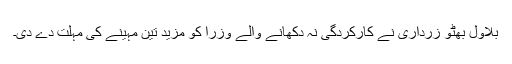
بلاول بھٹو زرداری نے کارکردگی نہ دکھانے والے وزرا کو مزید تین مہینے کی مہلت دے دی۔